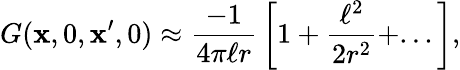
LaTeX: G({\mathbf x},0,{\mathbf x}^{\prime},0)\approx{\frac{-1}{4\pi\ell r}}\left[1+{\frac{\ell^{2}}{2r^{2}}}+...\right],